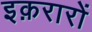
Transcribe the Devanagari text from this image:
इक़रारों